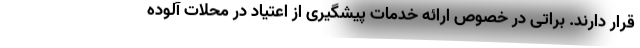
قرار دارند. براتی در خصوص ارائه خدمات پیشگیری از اعتیاد در محلات آلوده